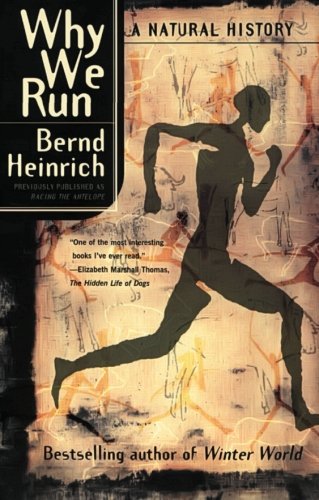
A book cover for Why We Run: A Natural History; Bernd Heinrich; Science & Math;